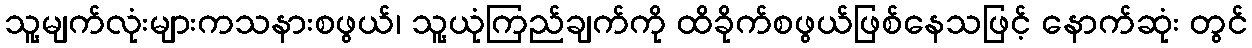
သူ့မျက်လုံးများကသနားစဖွယ်၊ သူ့ယုံကြည်ချက်ကို ထိခိုက်စဖွယ်ဖြစ်နေသဖြင့် နောက်ဆုံး တွင်